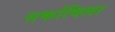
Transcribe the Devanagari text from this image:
सर्काविला